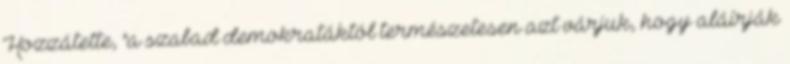
Hozzátette, "a szabad demokratáktól természetesen azt várjuk, hogy aláírják